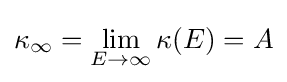
\kappa _{\infty }=\lim _{E\rightarrow \infty }\kappa (E)=A